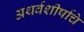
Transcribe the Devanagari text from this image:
अथर्वशीर्षाचे